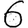
Digit: 6